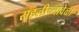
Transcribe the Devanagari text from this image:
सहलीच्यावेळी